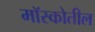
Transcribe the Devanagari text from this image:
मॉस्कोतील